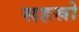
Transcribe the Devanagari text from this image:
सहस्रो